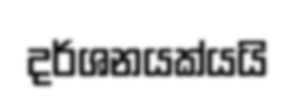
දර්ශනයක්යයි